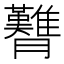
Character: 𦣊